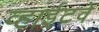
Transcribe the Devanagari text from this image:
व्हाईटवे